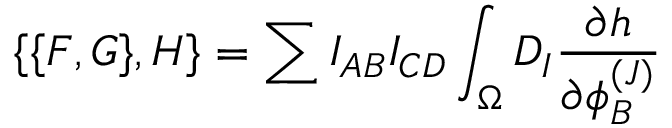
\{ \{ F , G \} , H \} = \sum I _ { A B } I _ { C D } \int _ { \Omega } D _ { I } { \frac { \partial h } { \partial \phi _ { B } ^ { ( J ) } } }